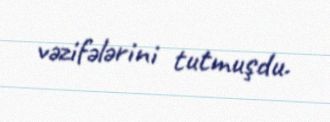
vəzifələrini tutmuşdu.